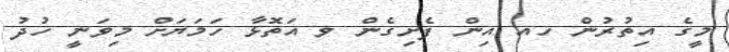
މީގެ އިތުރުން ހއ އިން ފެށިގެން ވ އަތޮޅާ ހަމަޔަށް މިވަނީ ހުދު